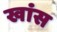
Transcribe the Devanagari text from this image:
खांस